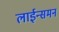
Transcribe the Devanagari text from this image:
लाईन्समन